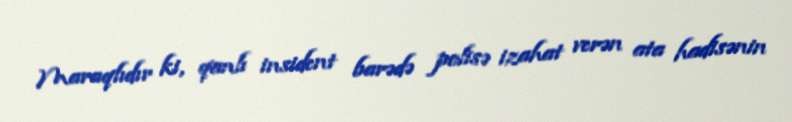
Maraqlıdır ki, qanlı insident barədə polisə izahat verən ata hadisənin